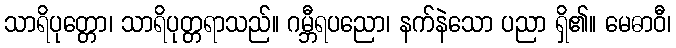
သာရိပုတ္တော၊ သာရိပုတ္တရာသည်။ ဂမ္ဘီရပညော၊ နက်နဲသော ပညာ ရှိ၏။ မေဓာဝီ၊